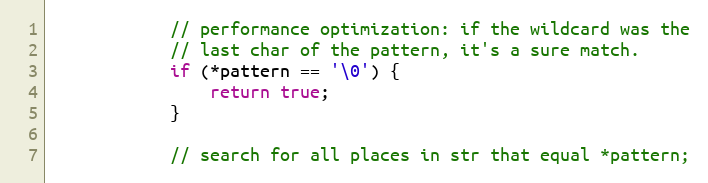
Language: C++
			// performance optimization: if the wildcard was the
			// last char of the pattern, it's a sure match.
			if (*pattern == '\0') {
				return true;
			}

			// search for all places in str that equal *pattern;